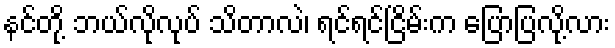
နင်တို့ ဘယ်လိုလုပ် သိတာလဲ၊ ရင်ရင်ငြိမ်းက ပြောပြလို့လား